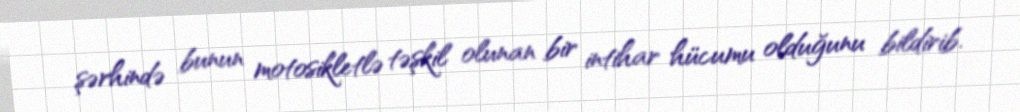
şərhində bunun motosikletlə təşkil olunan bir intihar hücumu olduğunu bildirib.